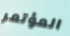
المؤتمر